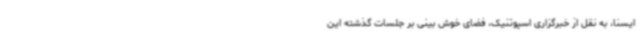
ایسنا، به نقل از خبرگزاری اسپوتنیک، فضای خوش بینی بر جلسات گذشته این